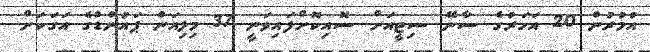
އުމުރުން 20 އަހަރުގެ ސާނޭ ސިޓީއަށް ސޮއިކޮށްފައިވަނީ 37 މިލިއަން ޕައުންޑްގެ އަގަކަށް